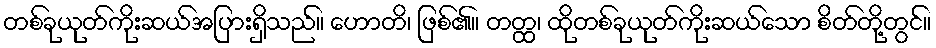
တစ်ခုယုတ်ကိုးဆယ်အပြားရှိသည်။ ဟောတိ၊ ဖြစ်၏။ တတ္ထ၊ ထိုတစ်ခုယုတ်ကိုးဆယ်သော စိတ်တို့တွင်။